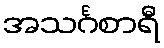
အသင်္ဂစာရီ